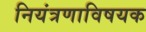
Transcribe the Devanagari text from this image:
नियंत्रणाविषयक